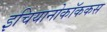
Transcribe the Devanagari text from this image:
इचियानोकॉककस